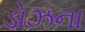
ડોઝના